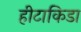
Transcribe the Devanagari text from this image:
हीटाकिडा